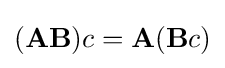
(\mathbf {A} \mathbf {B} )c=\mathbf {A} (\mathbf {B} c)